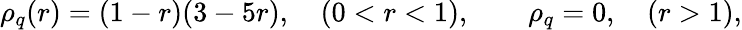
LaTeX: \begin{array}{r}{\rho_{q}(r)=(1-r)(3-5r),\quad(0<r<1),\qquad\rho_{q}=0,\quad(r>1),}\end{array}